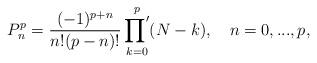
LaTeX: \begin{align*}P_n^p = \frac{(-1)^{p+n}}{n!(p-n)!}\mathop{{\prod}'}_{k=0}^p(N-k),\quad n=0,...,p,\end{align*}